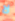
لا